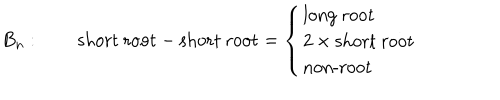
B _ { n } : \qquad \mathrm { s h o r t ~ r o o t } - \mathrm { s h o r t ~ r o o t } = \left\{ \begin{array} { l } { { \mathrm { l o n g ~ r o o t } } } \\ { { 2 \times \mathrm { s h o r t ~ r o o t } } } \\ { { \mathrm { n o n - r o o t } } } \\ \end{array} \right.